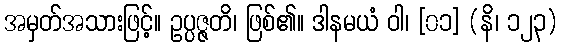
အမှတ်အသားဖြင့်။ ဥပ္ပဇ္ဇတိ၊ ဖြစ်၏။ ဒါနမယံ ဝါ၊ [၀၁] (နိ၊ ၁၂၃)